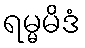
ရမ္မမိဒံ